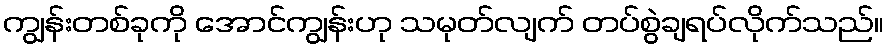
ကျွန်းတစ်ခုကို အောင်ကျွန်းဟု သမုတ်လျက် တပ်စွဲချရပ်လိုက်သည်။